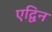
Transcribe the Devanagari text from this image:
एद्विन